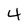
Character: 4